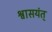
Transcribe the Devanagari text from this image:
श्वासयंत्